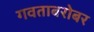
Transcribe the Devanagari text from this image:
गवताबरोबर